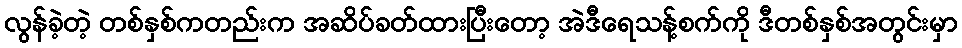
လွန်ခဲ့တဲ့ တစ်နှစ်ကတည်းက အဆိပ်ခတ်ထားပြီးတော့ အဲဒီရေသန့်စက်ကို ဒီတစ်နှစ်အတွင်းမှာ